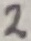
Text: 2